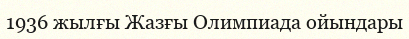
1936 жылғы Жазғы Олимпиада ойындары